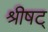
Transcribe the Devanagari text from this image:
श्रीषट्